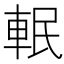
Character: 䡑